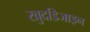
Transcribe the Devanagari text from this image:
खुदडिजाइन